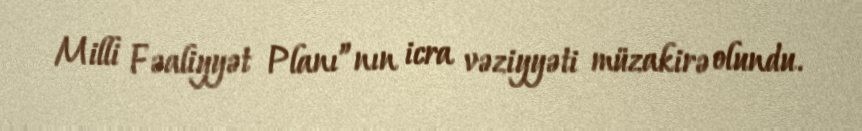
Milli Fəaliyyət Planı”nın icra vəziyyəti müzakirə olundu.